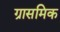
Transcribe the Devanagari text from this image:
ग्रासमिक